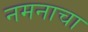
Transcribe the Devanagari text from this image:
नमनाचा